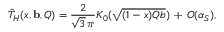
\hat { T } _ { H } ( x , { \bf b } , Q ) = \frac { 2 } { \sqrt { 3 } \, \pi } K _ { 0 } ( \sqrt { ( 1 - x ) Q b } ) \, + \, \cal O ( \alpha _ { S } ) ,